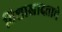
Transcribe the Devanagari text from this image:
विशाखादत्ताचे